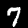
Label: 7